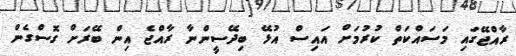
ރާއްޖޭގައި މަސައްކަތް ކުރުމަށް އައިސް އުޅޭ ބިދޭސީންނާ ރާއްޖެ އިން ބޭރަށް ގޮސްގެން